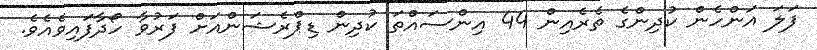
ފަލަ އަންހެން ކުދިންގެ ތެރެއިން 44 އިންސައްތަ ކުދިން ޑިޕްރެޝަންއަށް ފަރުވާ ހޯދާފައިވެއެވެ.